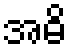
အဓိ